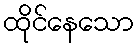
ထိုင်နေသော